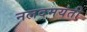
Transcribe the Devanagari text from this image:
नलदमयंती